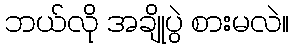
ဘယ်လို အချိုပွဲ စားမလဲ။